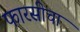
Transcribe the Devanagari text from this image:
फारसीचा